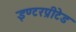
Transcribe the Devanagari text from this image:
इण्टरप्रीटेड